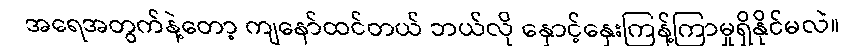
အရေအတွက်နဲ့တော့ ကျနော်ထင်တယ် ဘယ်လို နှောင့်နှေးကြန့်ကြာမှုရှိနိုင်မလဲ။